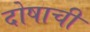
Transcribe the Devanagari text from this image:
दोषाची